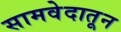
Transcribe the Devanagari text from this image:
सामवेदातून